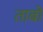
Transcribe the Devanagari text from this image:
ताबो